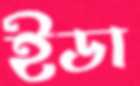
ইডা